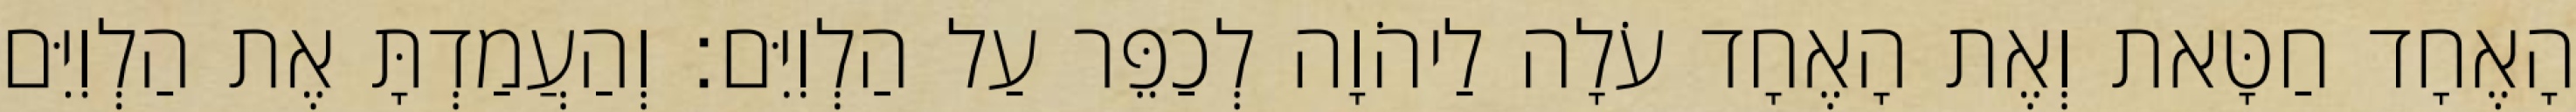
הָאֶחָד חַטָּאת וְאֶת הָאֶחָד עֹלָה לַיהֹוָה לְכַפֵּר עַל הַלְוִיִּם׃ וְהַעֲמַדְתָּ אֶת הַלְוִיִּם